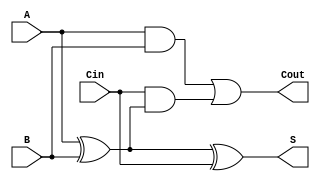
module full_adder (
    input wire A,    // First binary input
    input wire B,    // Second binary input
    input wire Cin,  // Carry-in input
    output wire S,   // Sum output
    output wire Cout // Carry-out output
);

// Internal wires for intermediate calculations
wire AxorB; // A XOR B
wire AB;    // A AND B
wire CinAndAxorB; // Cin AND (A XOR B)

// Calculate the sum output S
assign AxorB = A ^ B;           // A XOR B
assign S = AxorB ^ Cin;         // S = (A XOR B) XOR Cin

// Calculate the carry-out output Cout
assign AB = A & B;              // A AND B
assign CinAndAxorB = Cin & AxorB; // Cin AND (A XOR B)
assign Cout = AB | CinAndAxorB; // Cout = (A AND B) OR (Cin AND (A XOR B))

endmodule